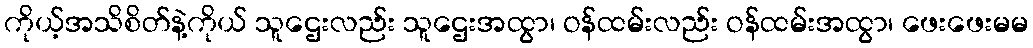
ကိုယ့်အသိစိတ်နဲ့ကိုယ် သူဌေးလည်း သူဌေးအထွာ၊ ဝန်ထမ်းလည်း ဝန်ထမ်းအထွာ၊ ဖေးဖေးမမ